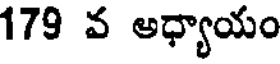
179 వ అధ్యాయం